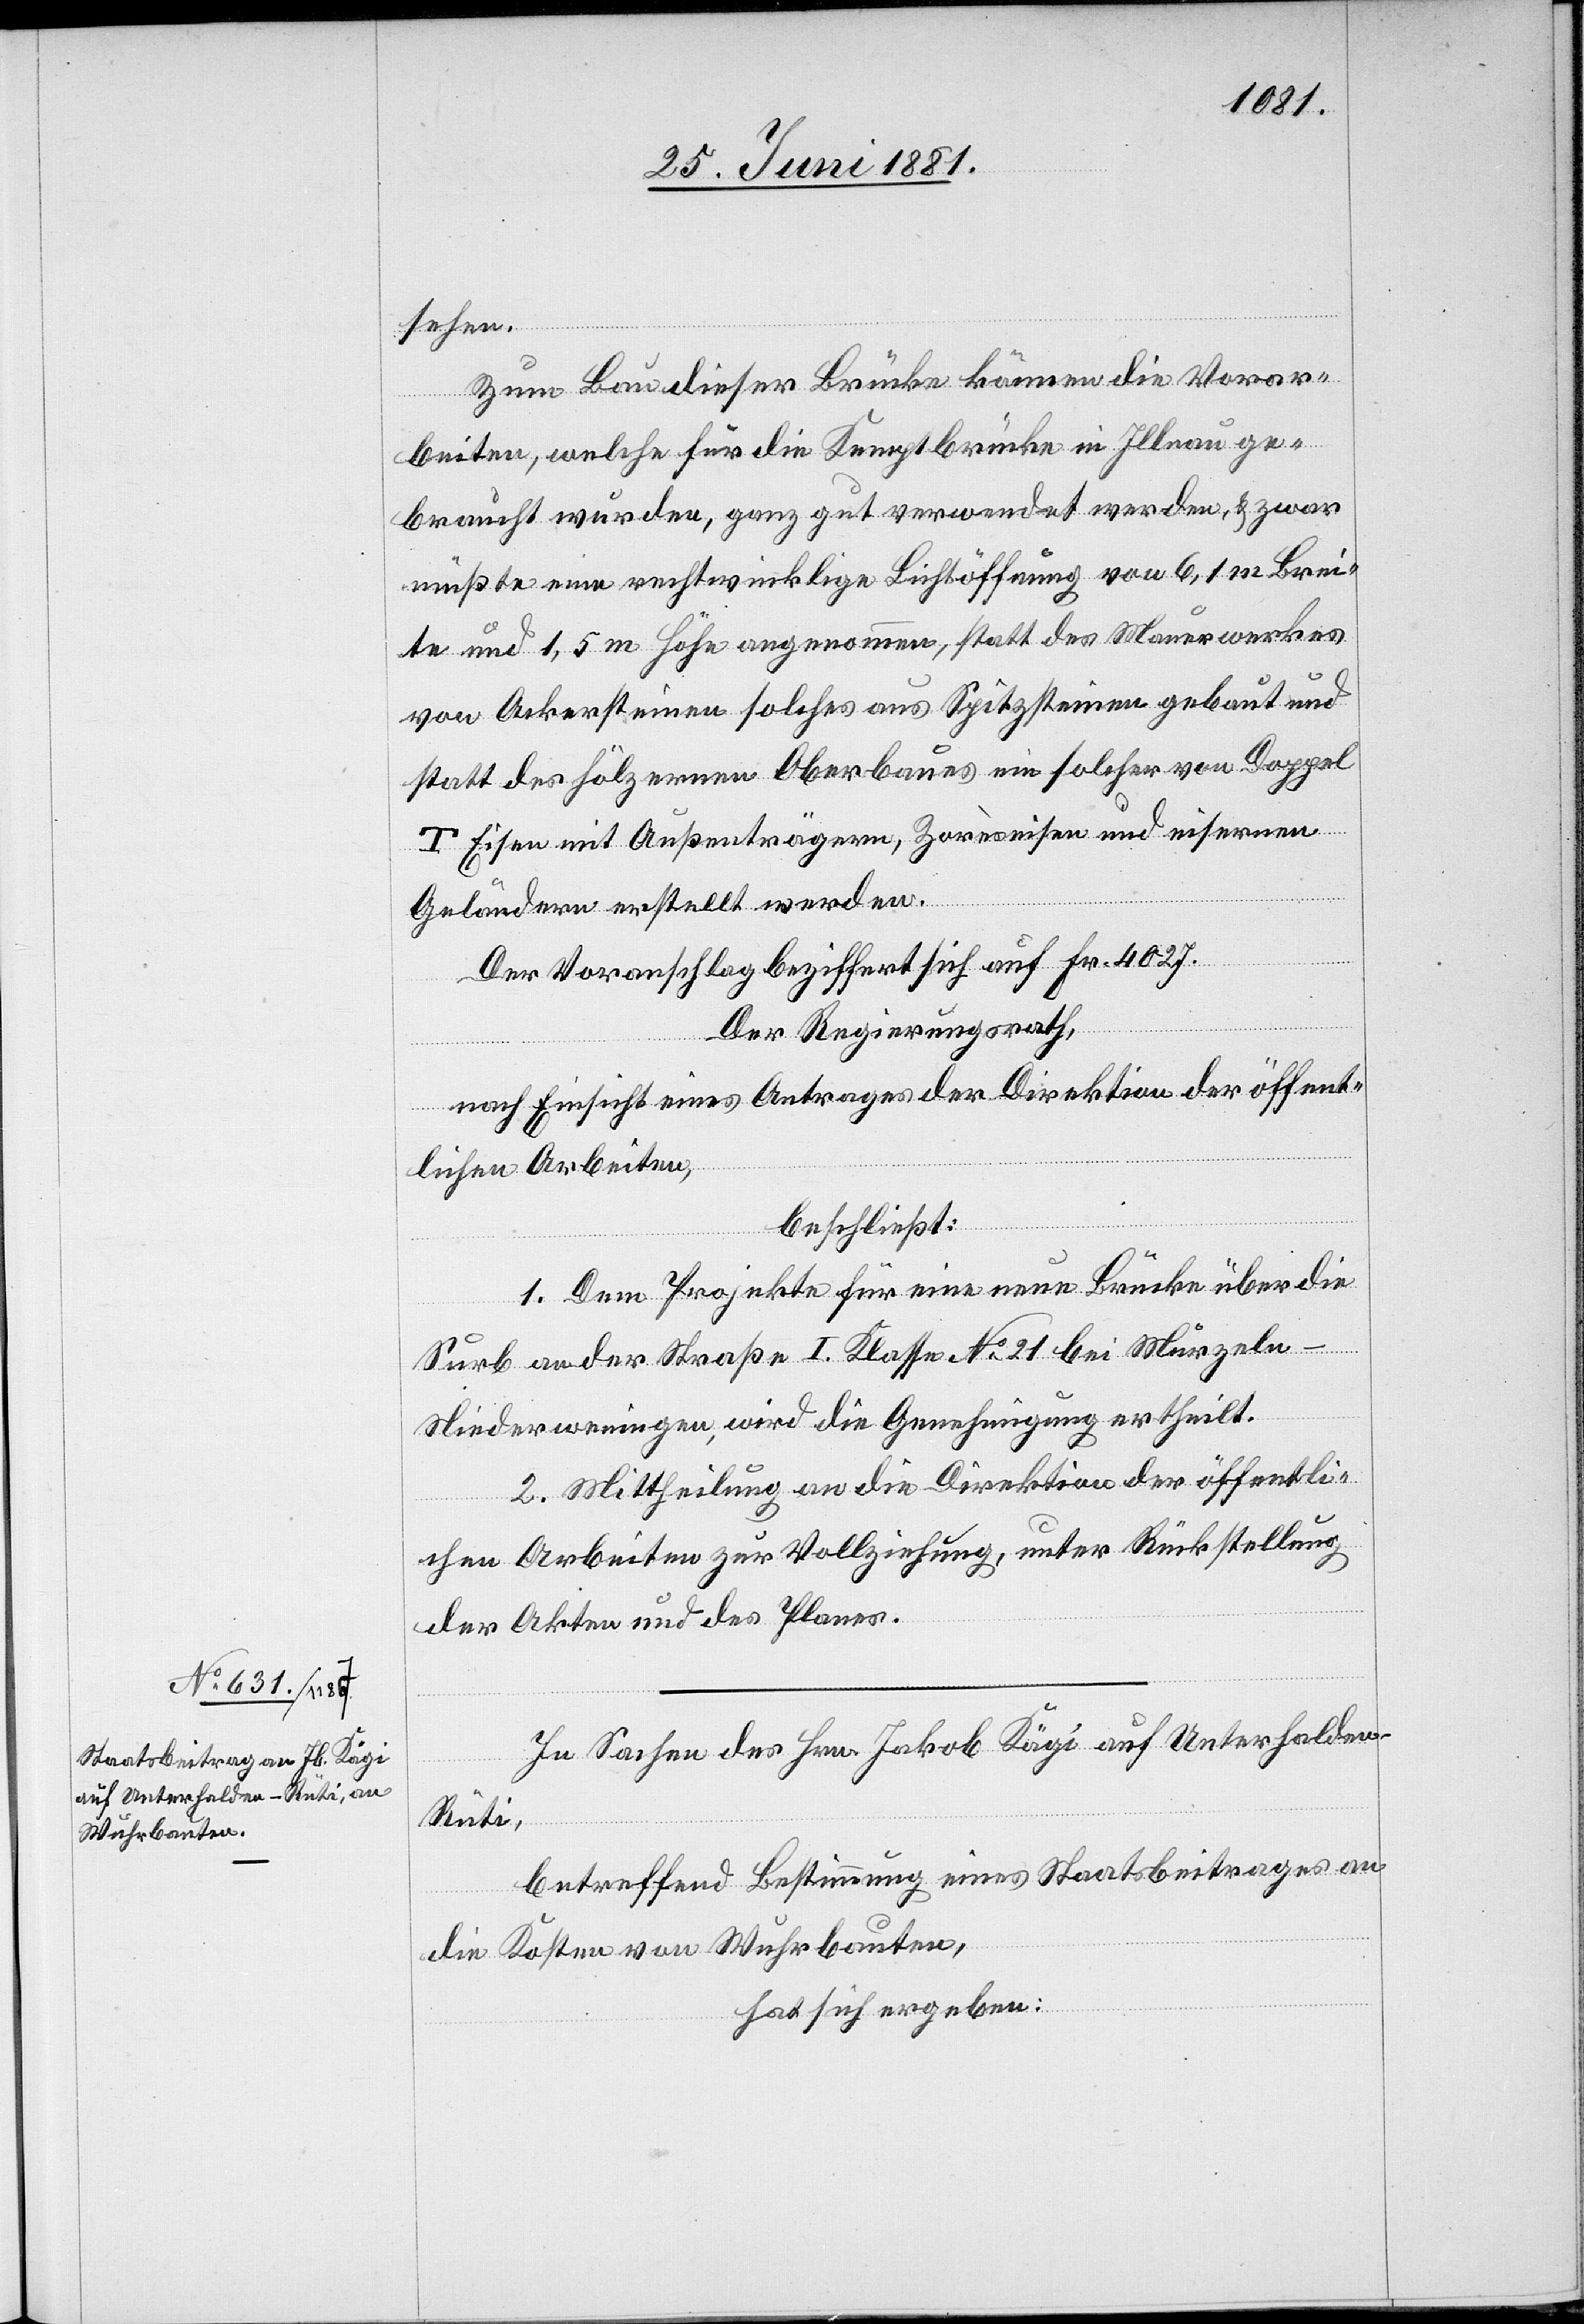
sehen.
Zum Bau dieser Brücke können die Vorar¬
beiten, welche für die Kemptbrücke in Illnau ge¬
braucht wurden, ganz gut verwendet werden, & zwar
mußte eine rechtwinklige Lichtöffnung von 6,1 m Brei¬
te und 1,5 m Höhe angenommen, statt des Mauerwerkes
von Ackersteinen solches aus Spitzsteinen gebaut und
statt des hölzernen Oberbaues ein solcher von Doppel
T Eisen mit Außenträgern, Zorèseisen und eisernen
Geländen erstellt werden.
Der Voranschlag beziffert sich auf Fr. 4027.
Der Regierungsrath,
nach Einsicht eines Antrages der Direktion der öffent¬
lichen Arbeiten,
beschließt:
1. Dem Projekte für eine neue Brücke über die
Surb an der Straße I. Klasse No 21 bei Murzeln
Niederweningen, wird die Genehmigung ertheilt.
2. Mittheilung an die Direktion der öffentli¬
chen Arbeiten zur Vollziehung, unter Rückstellung
der Akten und des Planes.
In Sachen des Hrn. Jakob Kägi auf Unterhalden
Rüti,
betreffend Bestimmung eines Staatsbeitrages an
die Kosten von Wuhrbauten,
hat sich ergeben: